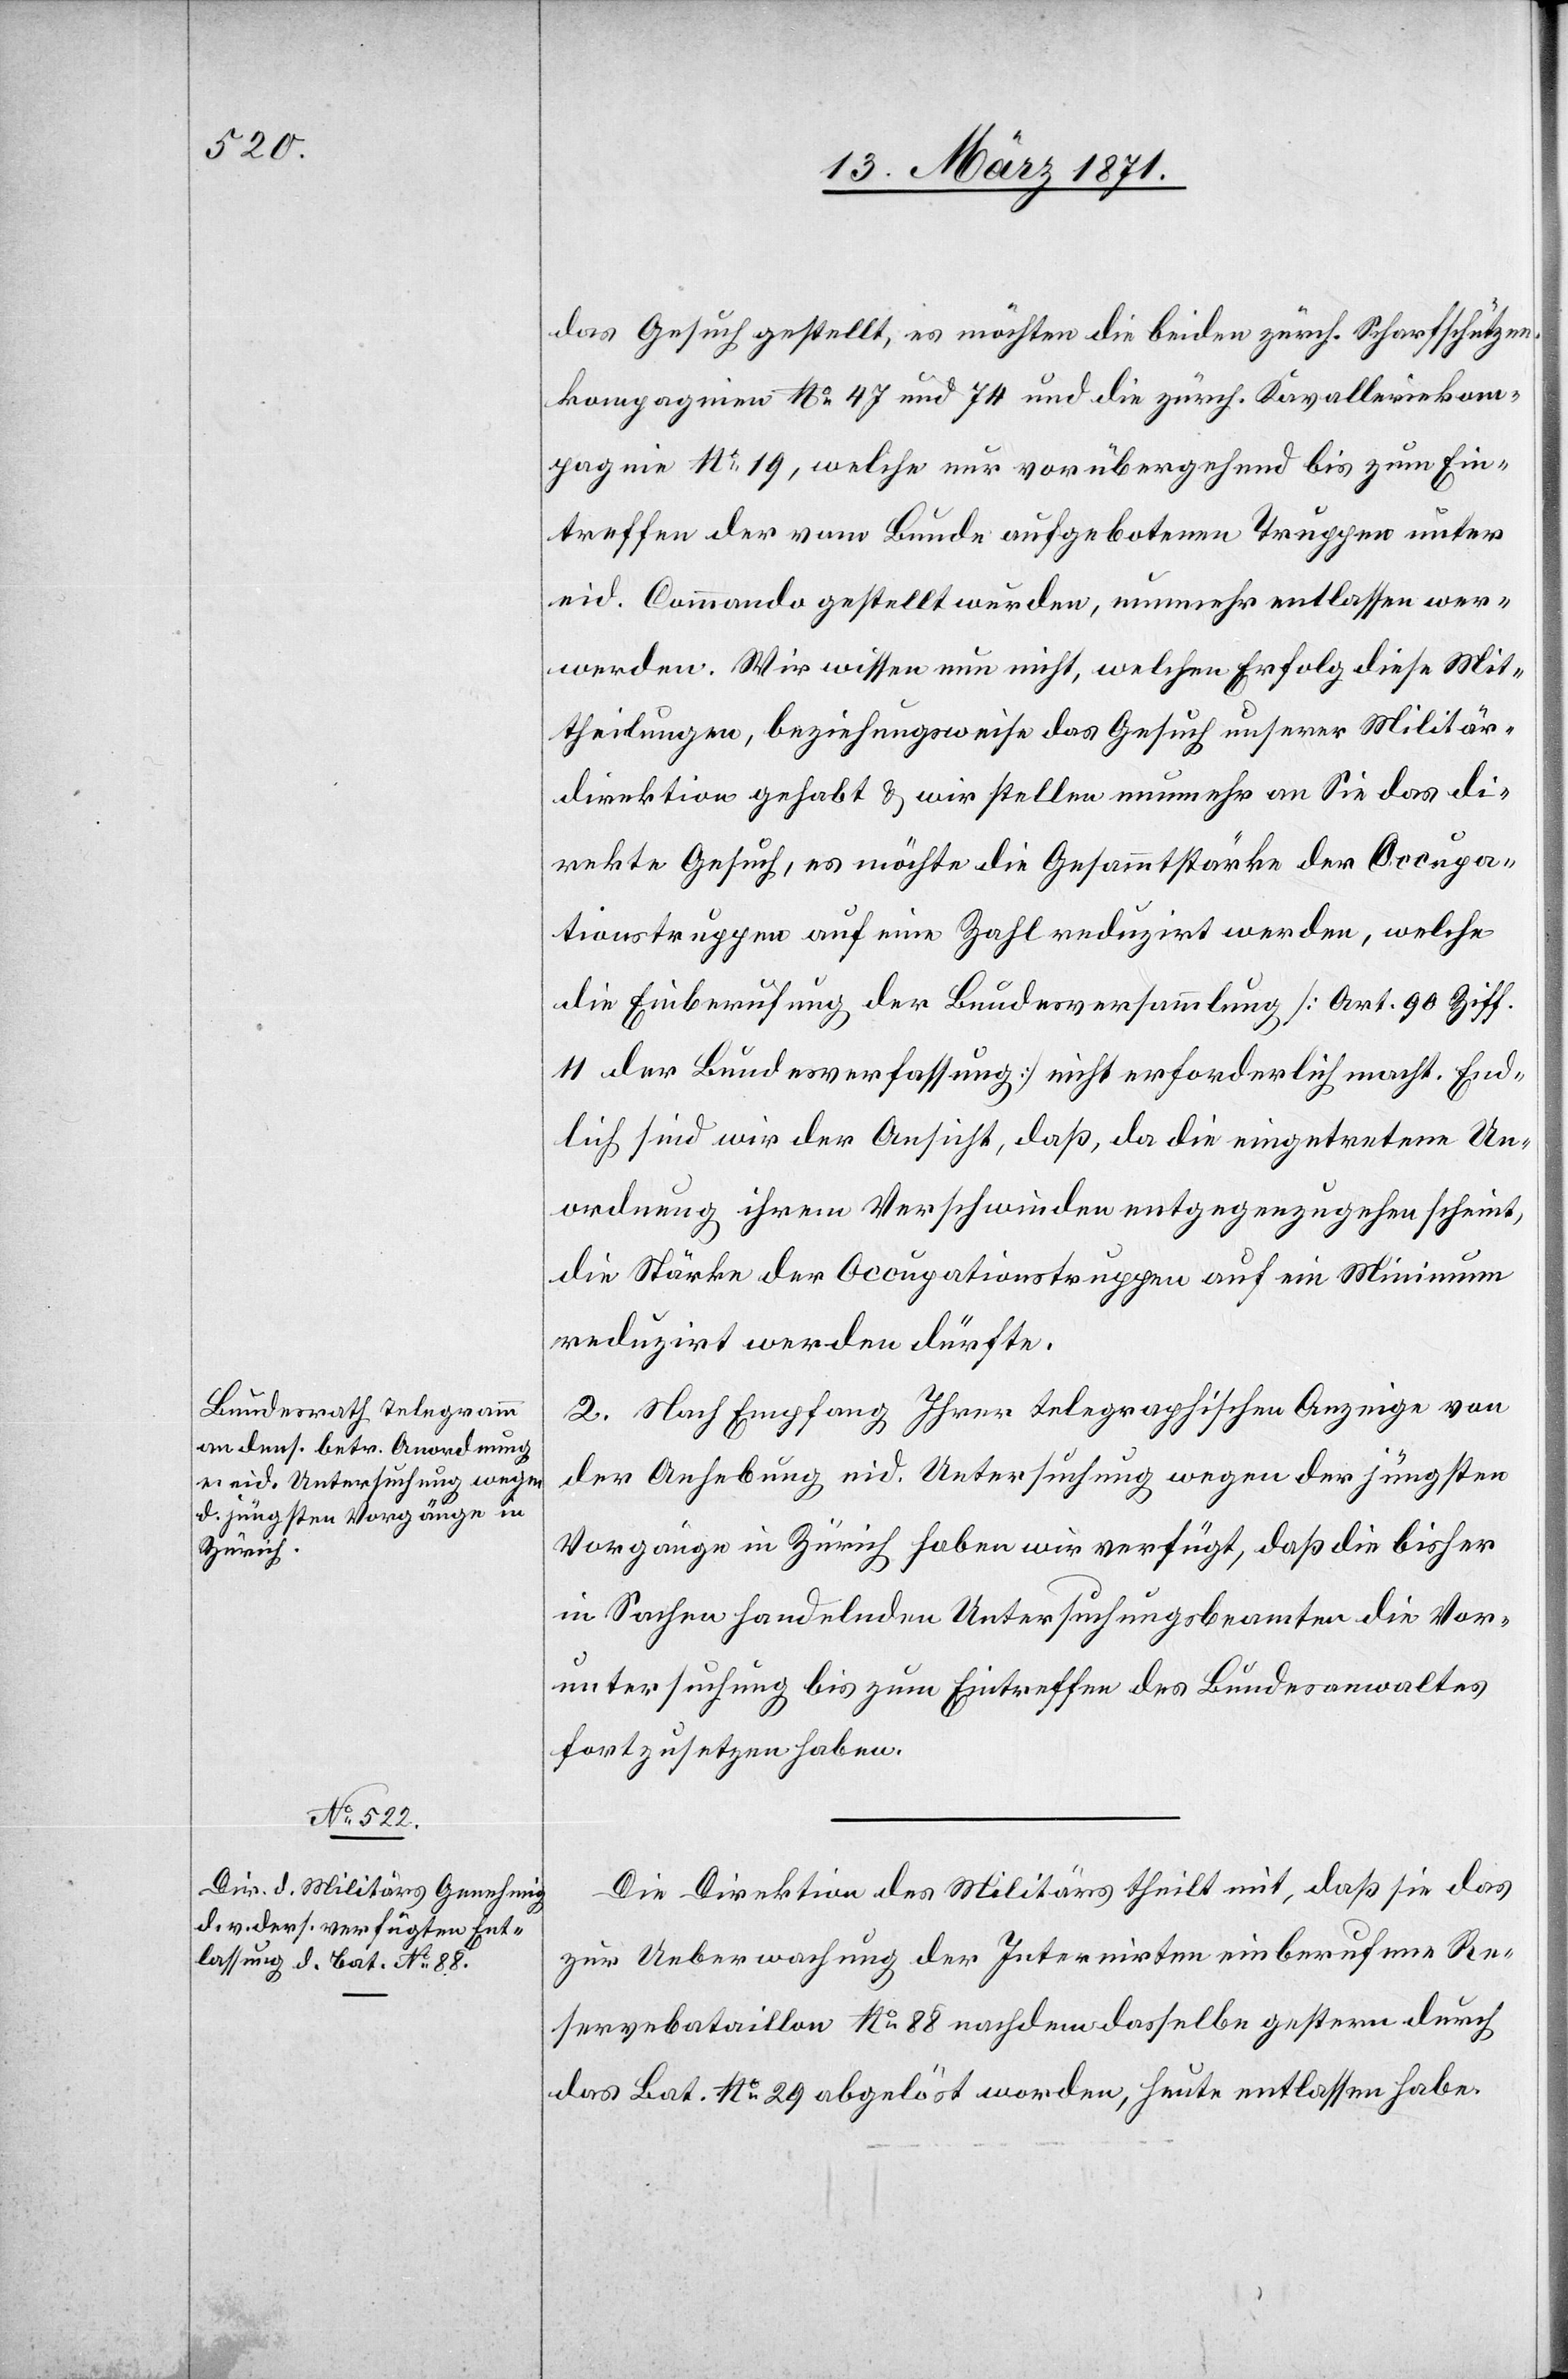
das Gesuch gestellt, es möchten die beiden zürch. Scharfschützen¬
kompagnien No. 47 und 74 und die zürch. Kavalleriekom¬
pagnie No. 19, welche nur vorübergehend bis zum Ein¬
treffen der vom Bunde aufgebotenen Truppen unter
eid. Commando gestellt wurden, nunmehr entlassen wer¬
werden [sic!]. Wir wissen nun nicht, welchen Erfolg diese Mit¬
theilungen, beziehungsweise das Gesuch unserer Militär¬
direktion gehabt u. wir stellen nunmehr an Sie das di¬
rekte Gesuch, es möchte die Gesammtstärke der Occupa¬
tionstruppen auf eine Zahl reduzirt werden, welche
die Einberufung der Bundesversammlung [Art. 90 Ziff.
11 der Bundesverfassung] nicht erforderlich macht. End¬
lich sind wir der Ansicht, daß, da die eingetretene Un¬
ordnung ihrem Verschwinden entgegenzugehen scheint,
die Stärke der Occupationstruppen auf ein Minimum
reduzirt werden dürfte.
2. Nach Empfang Ihrer telegraphischen Anzeige von
der Anhebung eid. Untersuchung wegen der jüngsten
Vorgänge in Zürich haben wir verfügt, daß die bisher
in Sachen handelnden Untersuchungsbeamten die Vor¬
untersuchung bis zum Eintreffen des Bundesanwaltes
fortzusetzen haben.
Die Direktion des Militärs theilt mit, daß sie das
zur Ueberwachung der Internirten einberufene Re¬
servebataillon No. 88 nachdem dasselbe gestern durch
das Bat. No. 29 abgelöst worden, heute entlassen habe.